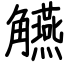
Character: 觾